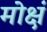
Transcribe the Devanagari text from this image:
मोक्षं